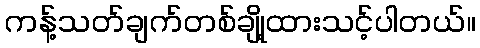
ကန့်သတ်ချက်တစ်ချို့ထားသင့်ပါတယ်။